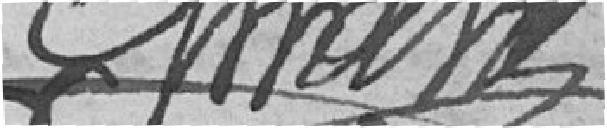
Amant